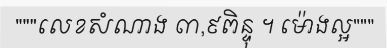
"""លេខសំណាង ៣,៩ពិន្ទុ ។ ម៉ោងល្អ"""